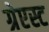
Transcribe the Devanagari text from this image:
ग्रेएस्ट